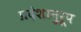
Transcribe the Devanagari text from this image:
प्रदेशानुरूप